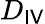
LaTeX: D_{{\sf IV}}